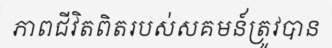
ភាពជីវិតពិតរបស់សគមន៍ត្រូវបាន